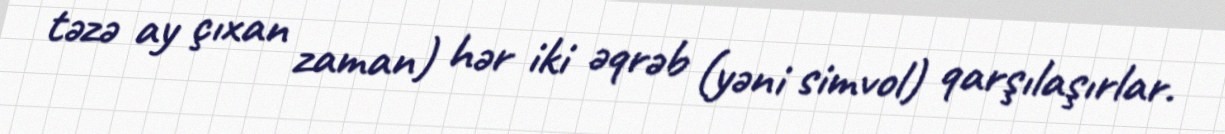
təzə ay çıxan zaman) hər iki əqrəb (yəni simvol) qarşılaşırlar.